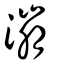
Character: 漰